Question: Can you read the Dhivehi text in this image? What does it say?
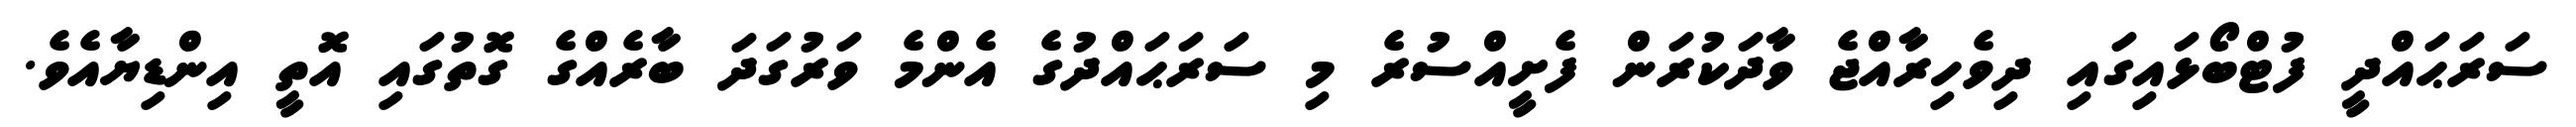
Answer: ސަރަޙައްދީ ފުޓްބޯޅައިގައި ދިވެހިރާއްޖެ ވާދަކުރަން ފެށީއްސުރެ މި ސަރަޙައްދުގެ އެންމެ ވަރުގަދަ ބާރެއްގެ ގޮތުގައި އޮތީ އިންޑިޔާއެވެ.